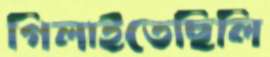
গিলাইতেছিলি